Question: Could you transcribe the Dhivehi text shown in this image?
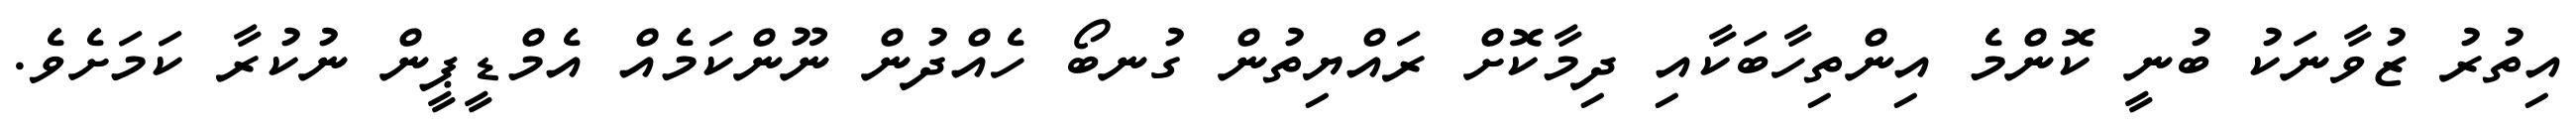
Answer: އިތުރު ޒުވާނަކު ބުނީ ކޮންމެ އިންތިހާބަކާއި ދިމާކޮށް ރައްޔިތުން ގުނބޯ ހެއްދުން ނޫންކަމެއް އެމްޑީޕީން ނުކުރާ ކަމަށެވެ.